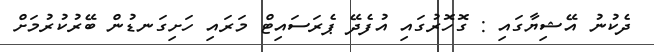
ދެކުނު އޭޝިޔާގައި : ގޮހޮރުގައި އުފެދޭ ޕެރަސައިޓް މަރައި ހަށިގަނޑުން ބޭރުކުރުމަށް